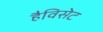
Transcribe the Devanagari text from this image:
हैविसेट